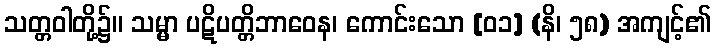
သတ္တဝါတို့၌။ သမ္မာ ပဋိပတ္တိဘာဝေန၊ ကောင်းသော [၀၁] (နိ၊ ၅၈) အကျင့်၏